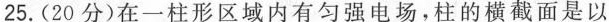
25.(20分)在一柱形区域内有匀强电场，柱的横截面是以